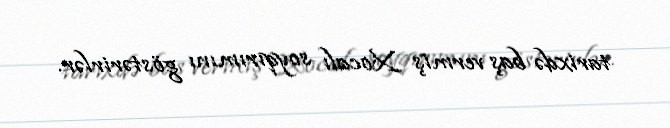
tarixdə baş vermiş Xocalı soyqırımını göstərirlər.